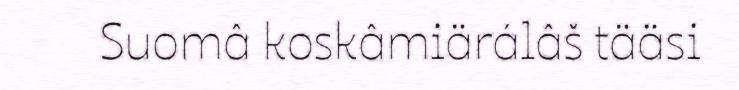
Suomâ koskâmiärálâš tääsi